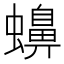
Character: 𧓧